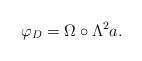
LaTeX: \begin{align*}\varphi_{D}=\Omega\circ\Lambda^{2}a.\end{align*}